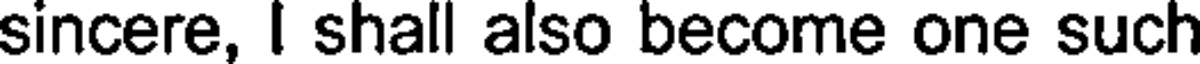
sincere, I shall also become one such